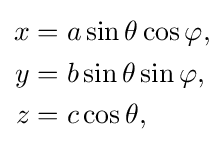
{\begin{aligned}x&=a\sin \theta \cos \varphi ,\\y&=b\sin \theta \sin \varphi ,\\z&=c\cos \theta ,\end{aligned}}\,\!